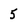
Character: 5